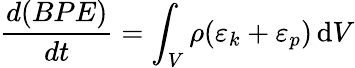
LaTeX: \frac{d(BPE)}{dt}=\int_{V}\rho(\varepsilon_{k}+\varepsilon_{p})\, \mathrm{d}V